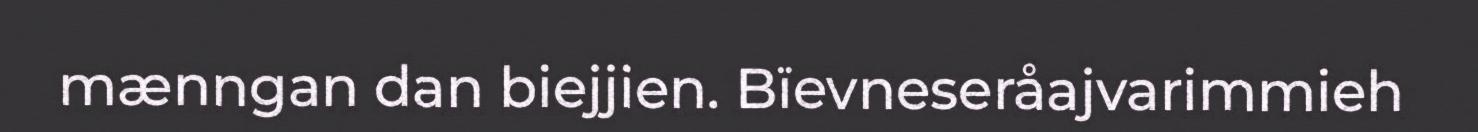
mænngan dan biejjien. Bïevneseråajvarimmieh